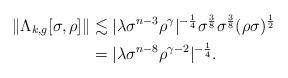
LaTeX: \begin{align*}\|\Lambda_{k,g}[\sigma,\rho]\| &\lesssim |\lambda \sigma^{n-3}\rho^{\gamma}|^{-\frac 1 4} \sigma^{\frac 3 8}\sigma^{\frac 3 8} (\rho\sigma)^{\frac 1 2}\\&= |\lambda \sigma^{n-8} \rho^{\gamma -2}|^{-\frac 1 4}. \end{align*}